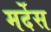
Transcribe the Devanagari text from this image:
मर्देस